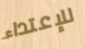
للإعتداء